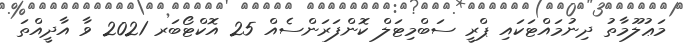
މަޢުލޫމާތު ދިނުމައްޓަކައި ޕްރީ ސަބްމިޓަލް ކޮންފަރަންސެއް 25 އޮކްޓޯބަރ 2021 ވާ އާދީއްތަ